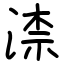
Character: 渿